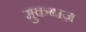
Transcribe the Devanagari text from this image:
मुकबाज़